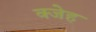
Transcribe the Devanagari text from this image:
क्जेह